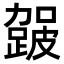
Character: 𮜈